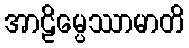
အာဠိမ္ပေဿာမာတိ